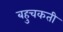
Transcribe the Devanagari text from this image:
बहुचकती